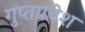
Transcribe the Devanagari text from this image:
गुप्तप्रवेश